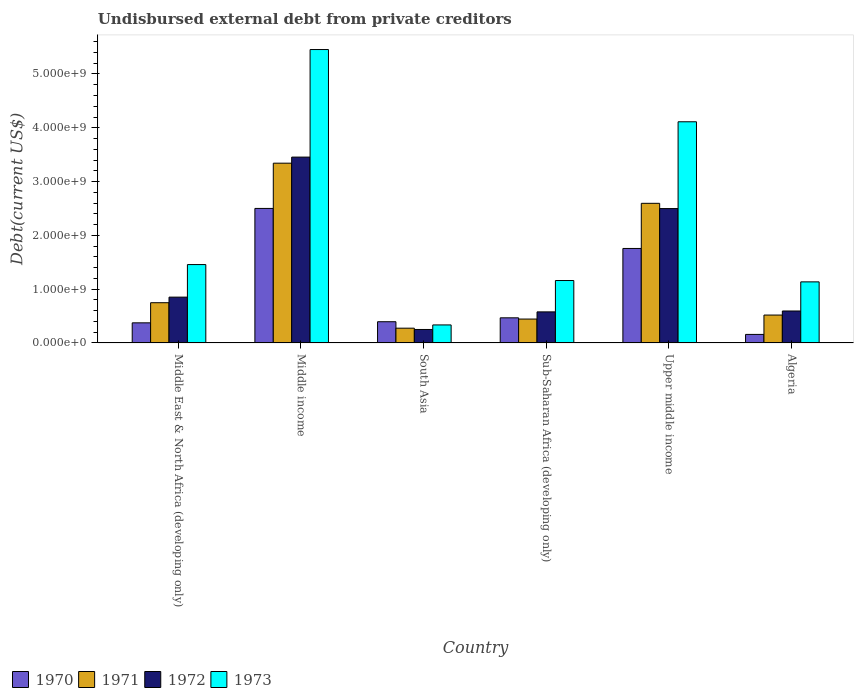
| Country | 1970 | 1971 | 1972 | 1973 |
 | --- | --- | --- | --- | --- |
 | Middle East & North Africa (developing only) | 3.74e+08 | 7.48e+08 | 8.51e+08 | 1.46e+09 |
 | Middle income | 2.5e+09 | 3.34e+09 | 3.45e+09 | 5.45e+09 |
 | South Asia | 3.94e+08 | 2.74e+08 | 2.5e+08 | 3.35e+08 |
 | Sub-Saharan Africa (developing only) | 4.67e+08 | 4.44e+08 | 5.77e+08 | 1.16e+09 |
 | Upper middle income | 1.76e+09 | 2.6e+09 | 2.5e+09 | 4.11e+09 |
 | Algeria | 1.59e+08 | 5.18e+08 | 5.94e+08 | 1.14e+09 |